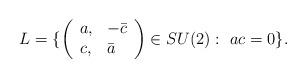
LaTeX: \begin{align*}L=\{\left(\begin{array}{ll}a,&-\bar c\\c,&\bar a\end{array}\right)\in SU(2):\ ac=0\}.\end{align*}